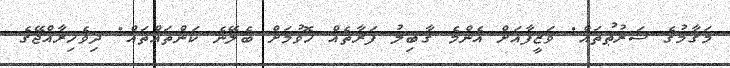
މަޤާމުގެ ޝަރުޠުތައް: ވަޒީފާއަށް އެންމެ ޤާބިލު ފަރާތެއް ހޮވުމަށް ބެލޭނެ ކަންތައްތައް: ދިވެހިރާއްޖޭގެ